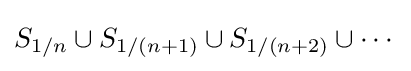
S_{1/n}\cup S_{1/(n+1)}\cup S_{1/(n+2)}\cup \cdots